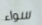
سواء